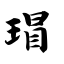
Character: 瑁